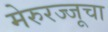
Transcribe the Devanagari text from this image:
मेरुरज्जूचा